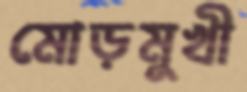
মোড়মুখী